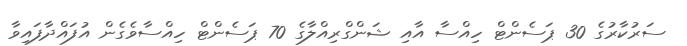
ސަރުކާރުގެ 30 ޕަސެންޓް ހިއްސާ އާއި ޝަންގްރިއްލާގެ 70 ޕަސެންޓް ހިއްސާވެގެން އުފައްދާފައިވާ